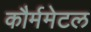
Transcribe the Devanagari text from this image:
कौर्ममेटल